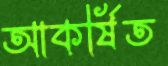
আকর্ষিত